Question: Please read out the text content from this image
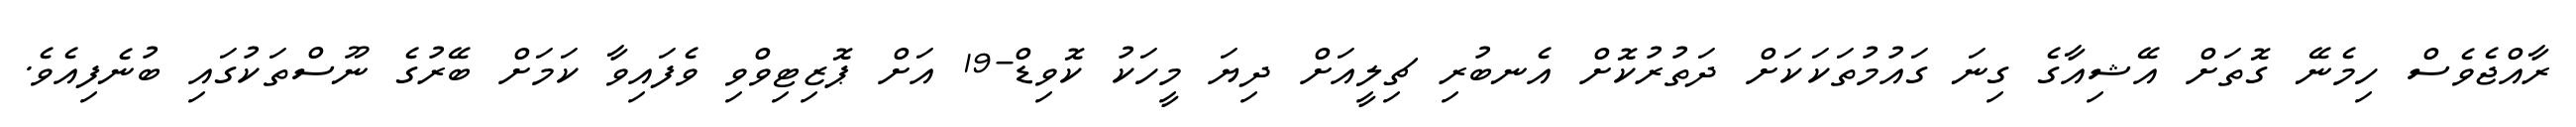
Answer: ރާއްޖެވެސް ހިމެނޭ ގޮތަށް އޭޝިއާގެ ގިނަ ގައުމުތަކަކަށް ދަތުރުކޮށް އެނބުރި ޗިލީއަށް ދިޔަ މީހަކު ކޮވިޑް-19 އަށް ޕޮޒިޓިވްވި ވެފައިވާ ކަމަށް ބޭރުގެ ނޫސްތަކުގައި ބުނެފިއެވެ.